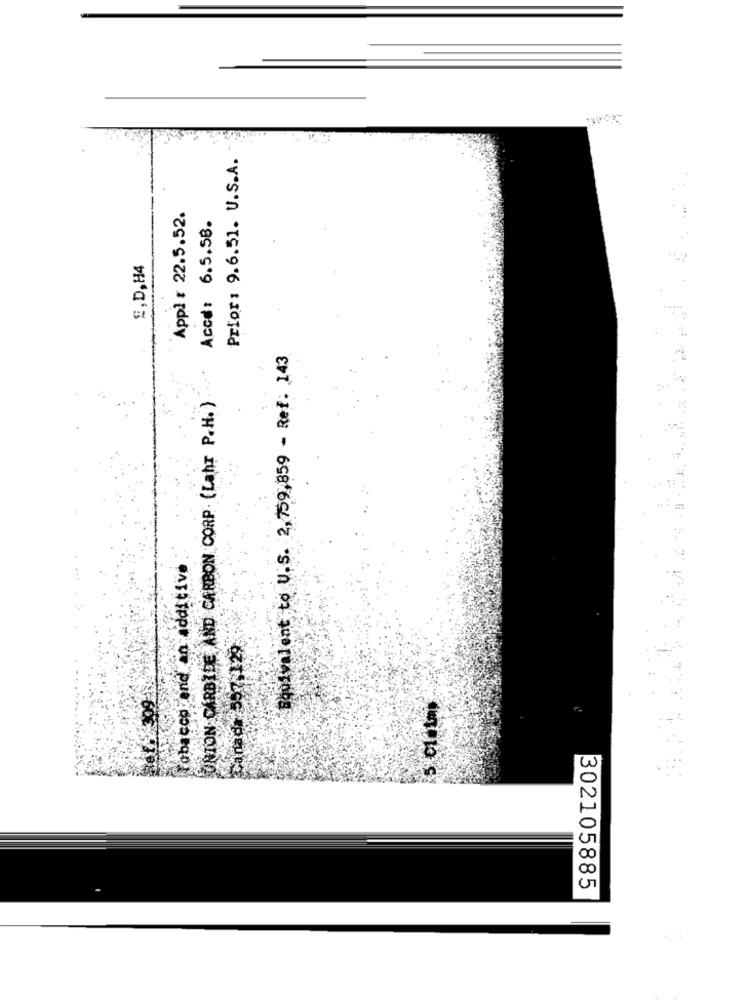
Prior: 9.6.51. U.S.A.
..
Appl # 22.5.52.
Accd: 6.5.58.
£,D,H4
Equivalent to U.S. 2, 759,859 - Ref. 143
UNION CARBIDE AND CARBON CORP. (Lahr P.H. )
Tobacco and an additive
canada 597:129
302105885